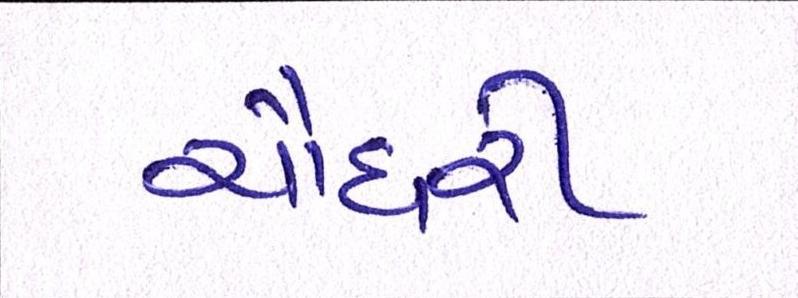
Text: ચૌધરી